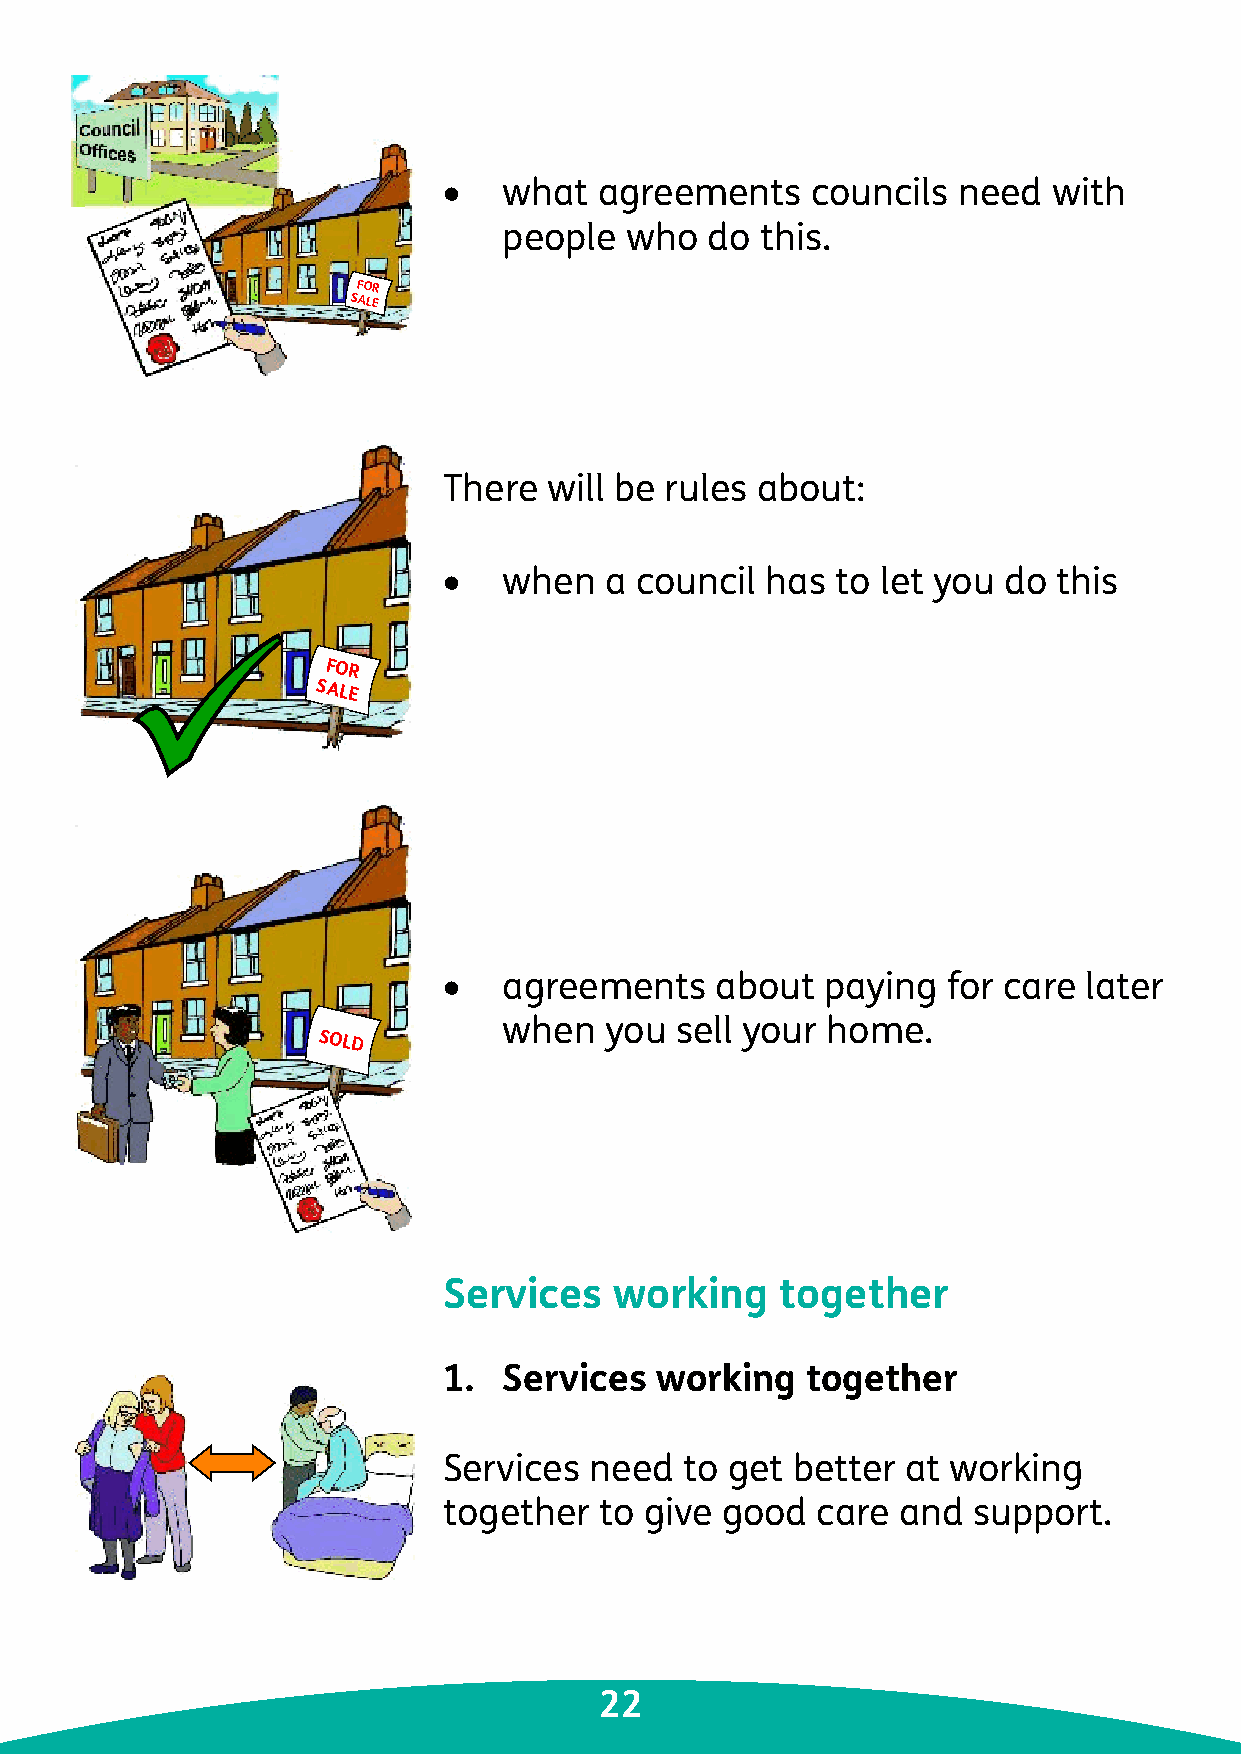
•   what   agreements    councils need   with
 people  who   do this.
 FOR
 SALE
 There  will be rules about:
 •   when   a council  has to let you do  this
 FOR
 SALE
 •   agreements    about   paying  for care later
 when   you  sell your home.
 SOLD
 Services    working    together
 1.  Services  working   together
 Services  need  to get better  at working
 together   to give good  care and  support.
 22